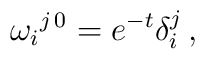
\omega_i{}^{j \, 0} = e^{-t} \delta_i^j \, ,